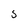
Character: 5